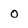
Character: 0